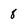
Character: 8